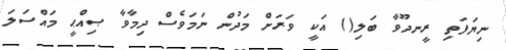
ނިޔަފަތި ރީނދޫވާ ބަލި() އަކީ ވަރަށް މަދުން ނަމަވެސް ދިމާވާ ޞިއްޙީ މައްސަލަ